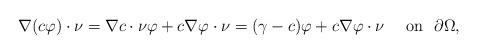
LaTeX: \begin{align*}\nabla(c\varphi)\cdot\nu=\nabla c \cdot \nu \varphi +c\nabla \varphi \cdot \nu =(\gamma-c)\varphi+c\nabla \varphi \cdot \nu \quad\mbox{ on }\,\, \partial\Omega,\end{align*}